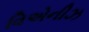
વિએનીઝ